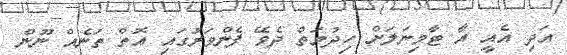
އަދި އެއީ އާ ޓާމިނަލަށް ހިދުމަތް ދެވޭ ފެންވަރުގައި އޮތް ތަނެއް ނޫން